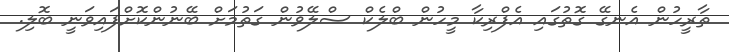
ތާރީހުން އެނގޭ ގޮތުގައި އެފްރިކާ މީހުން ބްލެކް ސްލޭވުން ގަތުމަށް ބޭނުންކޮށްފައިވަނީ ބޮލި.